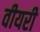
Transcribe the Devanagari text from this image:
वीयरी